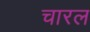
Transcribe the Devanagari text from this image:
चारल